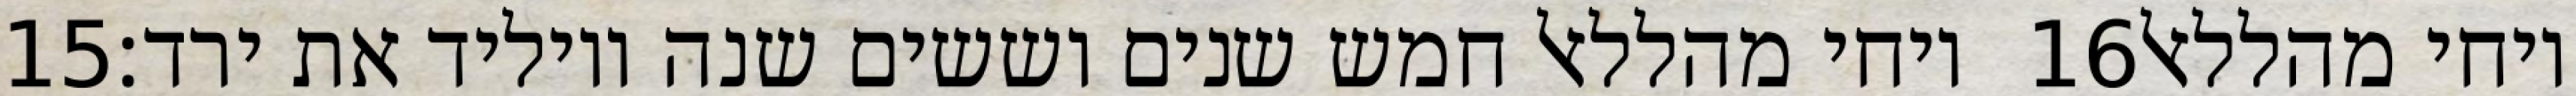
‎15‏ ויחי מהללאל חמש שנים וששים שנה ויוליד את ירד׃ ‎16‏ ויחי מהללאל